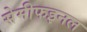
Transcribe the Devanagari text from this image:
सेमीफइनल